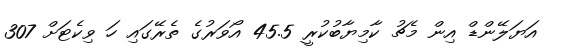
އަޔަލޭންޑް އިން މެޗު ކާމިޔާބުކުރީ 45.5 އޯވަރުގެ ތެރޭގައި ހަ ވިކެޓަށް 307